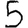
Digit: 5